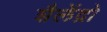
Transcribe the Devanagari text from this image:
शैलेंद्रो